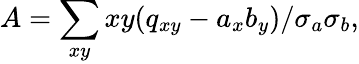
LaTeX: A=\sum_{xy}xy(q_{xy}-a_{x}b_{y})/\sigma_{a}\sigma_{b},